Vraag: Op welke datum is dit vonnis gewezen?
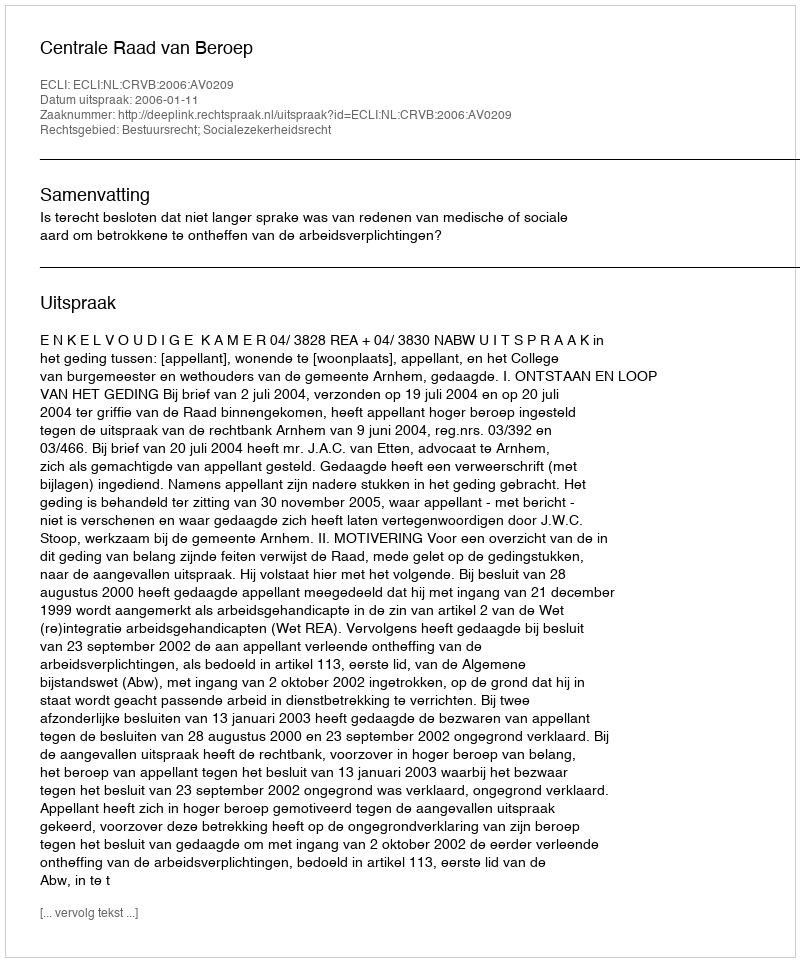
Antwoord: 2006-01-11